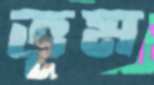
ভূম